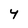
Character: Y